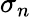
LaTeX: \sigma_{n}